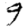
Digit: 9